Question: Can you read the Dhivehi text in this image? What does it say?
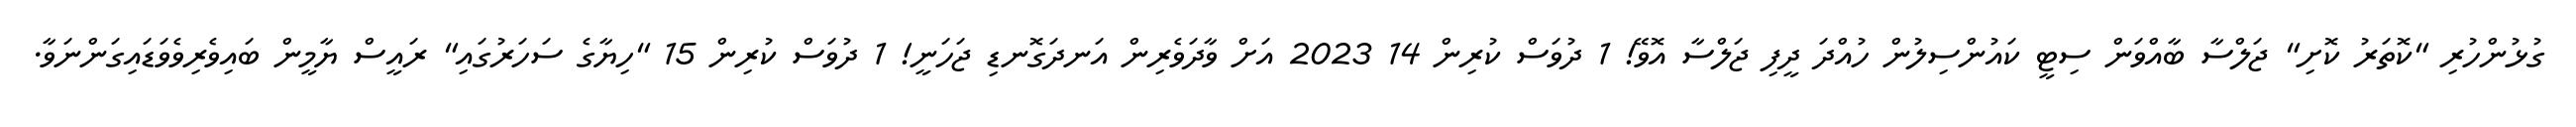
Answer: ގުޅުންހުރި "ކޮތަރު ކޮށި" ޖަލްސާ ބާއްވަން ސިޓީ ކައުންސިލުން ހުއްދަ ދީފި ޖަލްސާ އޮވޭ! 1 ދުވަސް ކުރިން 14 2023 އަށް ވާދަވެރިން އަނދަގޮނޑި ޖަހަނީ! 1 ދުވަސް ކުރިން 15 "ހިޔާގެ ސަހަރުގައި" ރައީސް ޔާމީން ބައިވެރިވެވަޑައިގަންނަވާ.